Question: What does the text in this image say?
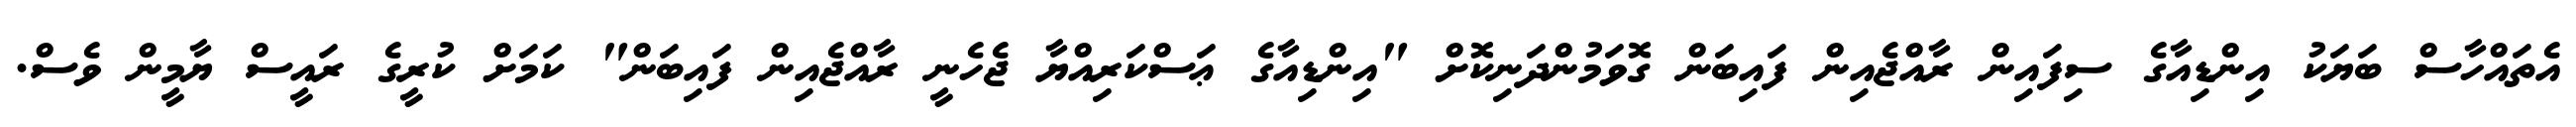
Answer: އެތައްހާސް ބަޔަކު އިންޑިއާގެ ސިފައިން ރާއްޖެއިން ފައިބަން ގޮވަމުންދަނިކޮށް "އިންޑިއާގެ ޢަސްކަރިއްޔާ ޖެހެނީ ރާއްޖެއިން ފައިބަން" ކަމަށް ކުރީގެ ރައީސް ޔާމީން ވެސް.